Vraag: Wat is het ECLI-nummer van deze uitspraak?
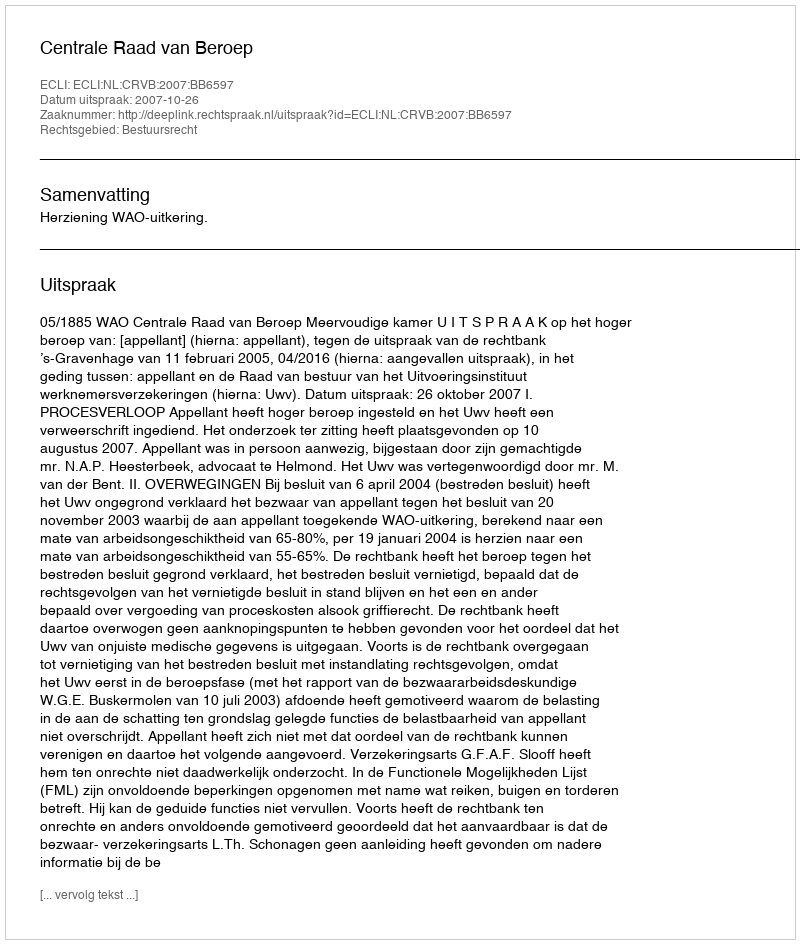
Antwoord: ECLI:NL:CRVB:2007:BB6597